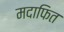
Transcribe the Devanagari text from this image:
मदाफित